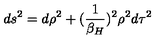
d s ^ { 2 } = d \rho ^ { 2 } + ( { \frac { 1 } { \beta _ { H } } } ) ^ { 2 } \rho ^ { 2 } d \tau ^ { 2 }